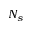
N _ { s }